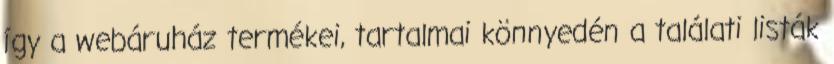
így a webáruház termékei, tartalmai könnyedén a találati listák